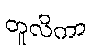
တူလိကာ